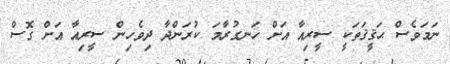
ނަމަވެސް ޙަޤީޤަތަކީ ސީރިއާ އަށް ހަނގުރާމަ ކުރަންދާ ދިވެހިން ސީރިއާ އަށް ގޮސް